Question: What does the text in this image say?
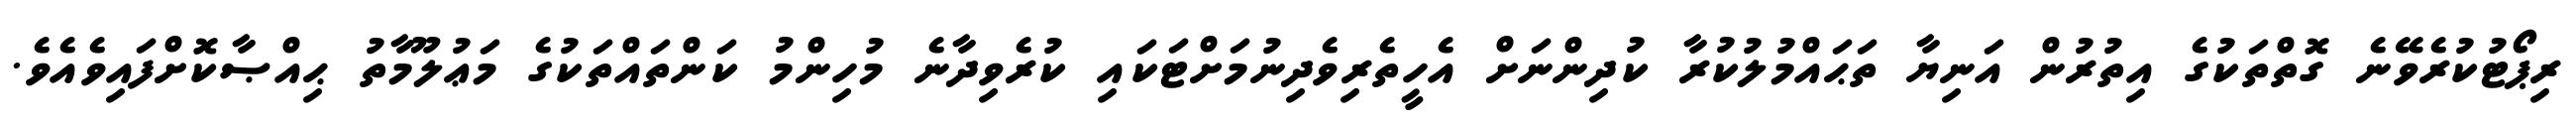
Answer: ރިޕޯޓުކުރެވޭނެ ގޮތްތަކުގެ އިތުރުން އަނިޔާ ތަޙައްމުލުކުރާ ކުދިންނަށް އެހީތެރިވެދިނުމަށްޓަކައި ކުރެވިދާނެ މުހިންމު ކަންތައްތަކުގެ މަޢުލޫމާތު ޙިއްޞާކޮށްފައިވެއެވެ.